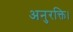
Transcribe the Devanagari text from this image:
अनुरक्ति।